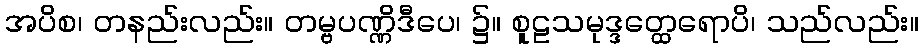
အပိစ၊ တနည်းလည်း။ တမ္ဗပဏ္ဏိဒီပေ၊ ၌။ စူဠသမုဒ္ဒတ္ထေရောပိ၊ သည်လည်း။